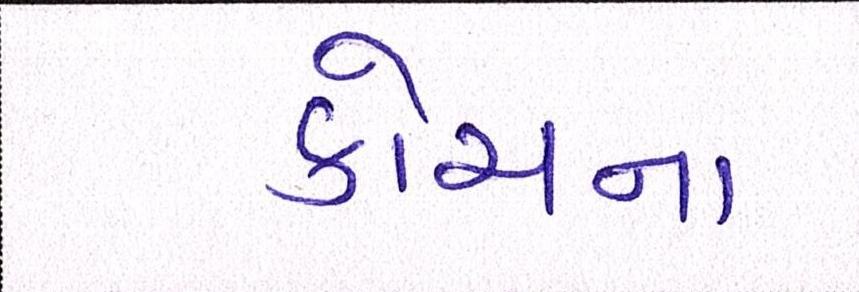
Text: કોચના